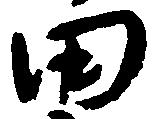
田